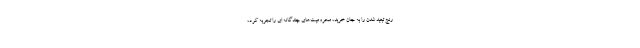
رنج تبعید شدن را به جان خرید، محرومیت‌های چندگانه ای را تجربه کرد،